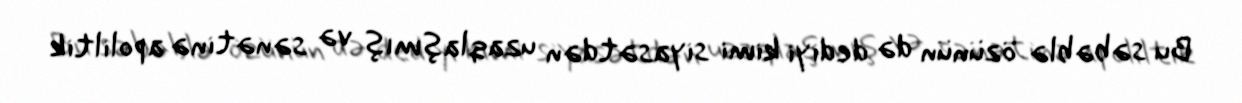
Bu səbəblə özünün də dediyi kimi siyasətdən uzaqlaşmış və sənətinə apoliltik